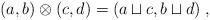
LaTeX: \begin{align*}(a,b)\otimes (c,d)=(a\sqcup c,b\sqcup d)\;,\end{align*}